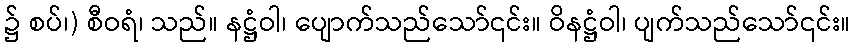
၌ စပ်၊) စီဝရံ၊ သည်။ နဋ္ဌံဝါ၊ ပျောက်သည်သော်၎င်း။ ဝိနဋ္ဌံဝါ၊ ပျက်သည်သော်၎င်း။